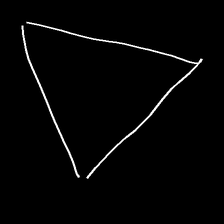
Glyph: convergence